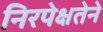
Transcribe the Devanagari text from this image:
निरपेक्षतेने